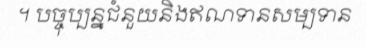
។ បច្ចុប្បន្នជំនួយនិងឥណទានសម្បទាន